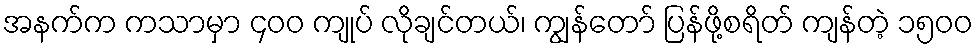
အနက်က ကသာမှာ ၄၀၀ ကျုပ် လိုချင်တယ်၊ ကျွန်တော် ပြန်ဖို့စရိတ် ကျန်တဲ့ ၁၅၀၀